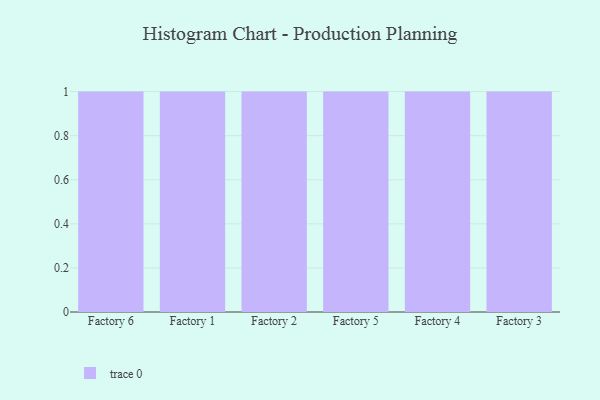
{"axis": {"x": "Factory", "y": "Tickets Resolved"}, "legend": [""], "data": [{"x": "Factory 6", "y": 27, "type": ""}, {"x": "Factory 1", "y": 7, "type": ""}, {"x": "Factory 2", "y": 68, "type": ""}, {"x": "Factory 5", "y": 82, "type": ""}, {"x": "Factory 4", "y": 39, "type": ""}, {"x": "Factory 3", "y": 88, "type": ""}]}